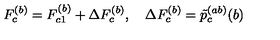
F _ { c } ^ { ( b ) } = F _ { c 1 } ^ { ( b ) } + \Delta F _ { c } ^ { ( b ) } , \quad \Delta F _ { c } ^ { ( b ) } = \tilde { p } _ { c } ^ { ( a b ) } ( b )